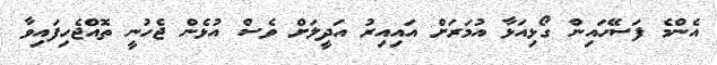
އެންމެ ފަސޭހައިން ގޯޅިއަޅާ އުމަރަށް އައިއިރު އަދީލަށް ވެސް އުޅެން ޖެހުނީ ތޮއްޖެހިފައިވާ